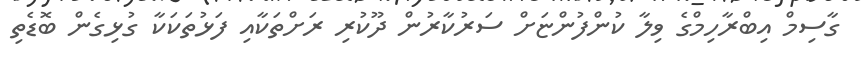
ގާސިމް އިބްރާހިމްގެ ވިލާ ކުންފުންޏަށް ސަރުކާރުން ދޫކުރި ރަށްތަކާއި ފަޅުތަކަކާ ގުޅިގެން ބޮޑެތި